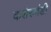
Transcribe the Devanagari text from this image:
कशेरुदंडी